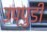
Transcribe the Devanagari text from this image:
उप्पुडी